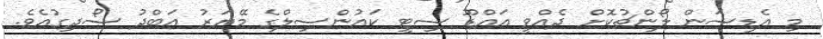
މި އެޑިޝަން ލޯންޗުކޮށް ދެއްވީ އައްޑޫ ސިޓީ ކައުންސިލްގެ މޭޔަރު އަބްދު ސޯދިގުއެވެ.